[Report on the health of British troops in the Madras command]
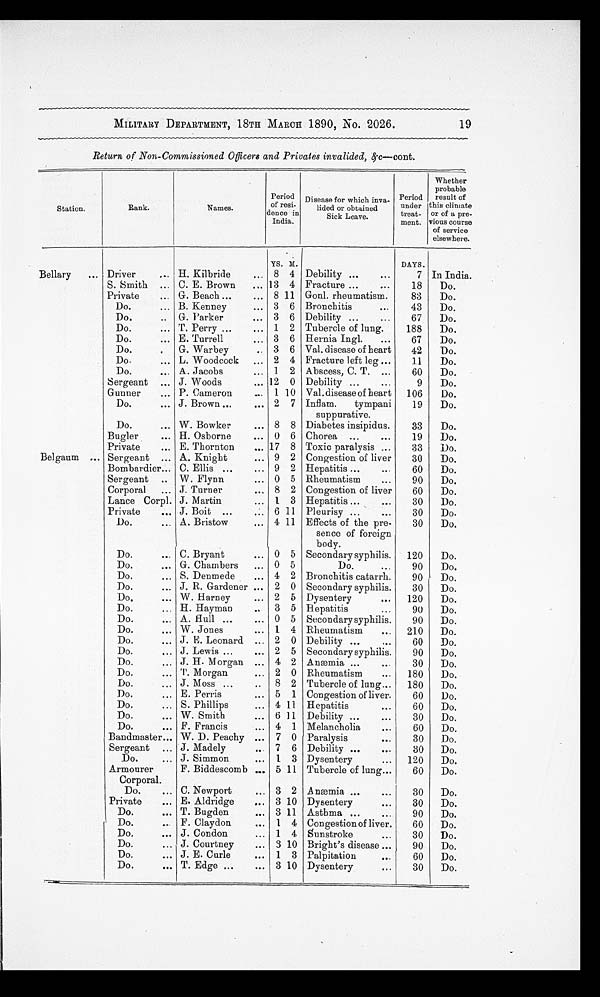
MILITARY DEPARTMENT, 18TH MARCH 1890, No. 2026.
Return of Non-Commissioned Officers and Privates invalided, &c— cont.
Station.
Rank.
Names.
Period
of resi-
dence in
India.
Disease for which inva-
lided or obtained
Sick Leave.
Period
under
treat-
ment.
Whether
probable
result of
this climate
or of a pre-
vious course
of service
elsewhere.
YS. M.
DAYS.
Bellary
Driver
H. Kilbride
8 4 Debility
7 In India.
S. Smith
C. E. Brown
13 4 Fracture
18
Do.
Private
G. Beach
8 11 Gonl. rheumatism.
83
Do.
Do.
B. Kenney
3 6 Bronchitis
4 3
Do.
Do.
G. Parker
3 6 Debility
67
Do.
Do.
T. Perry
1 2 Tubercle of lung.
188
Do.
Do.
E. Turrell
3 6 Hernia Ingl.
67
Do.
Do.
G. Warbey
3 6 Val. disease of heart
42
Do.
Do.
L. Woodcock
2 4 Fracture left leg
11
Do.
Do.
A. Jacobs
1 2 Abscess, C. T.
60
Do.
Sergeant
J. Woods
12 0 Debility
9
Do.
Gunner
P. Cameron
1 10 Val. disease of heart
106
Do.
Do.
J. Brown
2 7 Inflam.
tympani
suppurative.
19
Do.
Do.
W. Bowker
8 8 Diabetes insipidus.
33
Do.
Bugler
H. Osborne
0 6 Chorea
19
Do.
Private
E. Thornton
17 8 Toxic paralysis
33
Do.
Belgaum
Sergeant
A. Knight
9 2 Congestion of liver
30
Do.
Bombardier
C. Ellis
9 2 Hepatitis
60
Do.
Sergeant
W. Flynn
0 5 Rheumatism
90
Do.
Corporal
J. Turner
8 2 Congestion of liver
60
Do.
Lance Corpl. J. Martin
1 3 Hepatitis
30
Do.
Private
J. Boit
6 11 Pleurisy
30
Do.
Do.
A. Bristow
4 11 Effects of the pre-
sence of foreign
body.
30
Do.
Do.
C. Bryant
0 5 Secondary syphilis.
120
Do.
Do.
G. Chambers
0 5
Do.
90
Do.
Do.
S. Denmede
4 2 Bronchitis catarrh.
90
Do.
Do.
J. R. Gardener
2 0 Secondary syphilis.
30
Do.
Do.
W. Harney
2 5 Dysentery
120
Do.
Do.
H. Hayman
3 5 Hepatitis
90
Do.
Do.
A. Hull
0 5 Secondary syphilis.
90
Do.
Do.
W. Jones
1 4 Rheumatism
210
Do.
Do.
J. E. Leonard
2 0 Debility
60
Do.
Do.
J. Lewis
2 5 Secondary syphilis.
90
Do.
Do.
J. H. Morgan
4 2 Anæmia
30
Do.
Do.
T. Morgan
2 0 Rheumatism
180
Do.
Do.
J. Moss
8 2 Tubercle of lung
180
Do.
Do.
E. Perris
5 1 Congestion of liver.
60
Do.
Do.
S. Phillips
4 11 Hepatitis
60
Do.
Do.
W. Smith
6 11 Debility
30
Do.
Do.
F. Francis
4 1 Melancholia
60
Do.
Bandmaster
W. D. Peachy
7 0 Paralysis
30
Do.
Sergeant
J. Madely
7 6 Debility
30
Do.
Do.
J. Simmon
1 3 Dysentery
120
Do.
Armourer
Corporal.
F. Biddescomb
5 11 Tubercle of lung
60
Do.
Do.
C. Newport
3 2 Anæmia
30
Do.
Private
E. Aldridge
3 10 Dysentery
30
Do.
Do.
T. Bugden
3 11 Asthma
90
Do.
Do.
F. Claydon
1 4 Congestion of liver.
60
Do.
Do.
J. Condon
1 4 Sunstroke
30
Do.
Do.
J. Courtney
3 10 Bright's disease
90
Do.
Do.
J. E. Curle
1 3 Palpitation
60
Do.
Do.
T. Edge
3 10 Dysentery
30
Do.
19